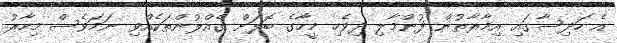
އެ ހަދިސާގައި އިމާރާތުން ފުންމާލި ދިވެހި މީހާގެ ބޮލަށް ގެއްލުންތަކެއްވި ނަމަވެސް މިހާރު